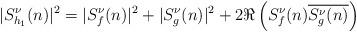
LaTeX: \begin{align*}|S^\nu_{h_1}(n)|^2 = |S^\nu_f(n)|^2+|S^\nu_g(n)|^2 +2\Re\left( S^\nu_f(n)\overline{S^\nu_g(n)}\right)\end{align*}